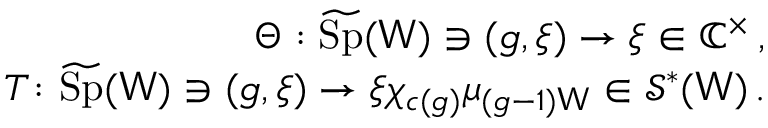
\begin{array} { r l r } & { } & { \Theta : \widetilde { \mathrm { S p } } ( \mathsf { W } ) \ni ( g , \xi ) \to \xi \in \mathbb { C } ^ { \times } \, , } \\ & { } & { T \colon \widetilde { \mathrm { S p } } ( \mathsf { W } ) \ni ( g , \xi ) \to \xi \chi _ { c ( g ) } \mu _ { ( g - 1 ) \mathsf { W } } \in \mathcal { S } ^ { * } ( \mathsf { W } ) \, . } \end{array}